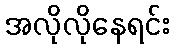
အလိုလိုနေရင်း